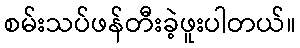
စမ်းသပ်ဖန်တီးခဲ့ဖူးပါတယ်။